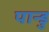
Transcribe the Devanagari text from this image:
पान्डु